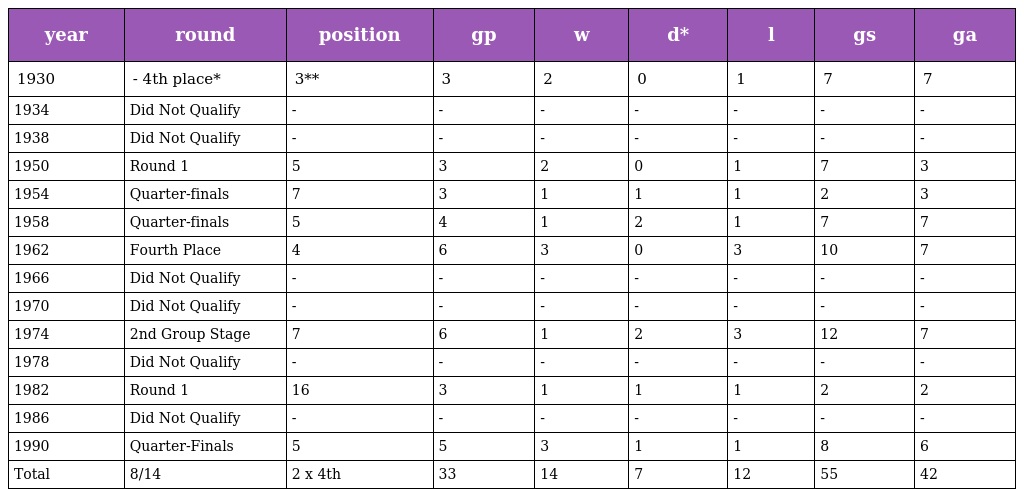
| year | round | position | gp | w | d* | l | gs | ga |
 | --- | --- | --- | --- | --- | --- | --- | --- | --- |
 | 1930 | - 4th place* | 3** | 3 | 2 | 0 | 1 | 7 | 7 |
 | 1934 | Did Not Qualify | - | - | - | - | - | - | - |
 | 1938 | Did Not Qualify | - | - | - | - | - | - | - |
 | 1950 | Round 1 | 5 | 3 | 2 | 0 | 1 | 7 | 3 |
 | 1954 | Quarter-finals | 7 | 3 | 1 | 1 | 1 | 2 | 3 |
 | 1958 | Quarter-finals | 5 | 4 | 1 | 2 | 1 | 7 | 7 |
 | 1962 | Fourth Place | 4 | 6 | 3 | 0 | 3 | 10 | 7 |
 | 1966 | Did Not Qualify | - | - | - | - | - | - | - |
 | 1970 | Did Not Qualify | - | - | - | - | - | - | - |
 | 1974 | 2nd Group Stage | 7 | 6 | 1 | 2 | 3 | 12 | 7 |
 | 1978 | Did Not Qualify | - | - | - | - | - | - | - |
 | 1982 | Round 1 | 16 | 3 | 1 | 1 | 1 | 2 | 2 |
 | 1986 | Did Not Qualify | - | - | - | - | - | - | - |
 | 1990 | Quarter-Finals | 5 | 5 | 3 | 1 | 1 | 8 | 6 |
 | Total | 8/14 | 2 x 4th | 33 | 14 | 7 | 12 | 55 | 42 |